Vaccine operations Central Provinces 1900-1911 - 1900-1911
Year: 1900
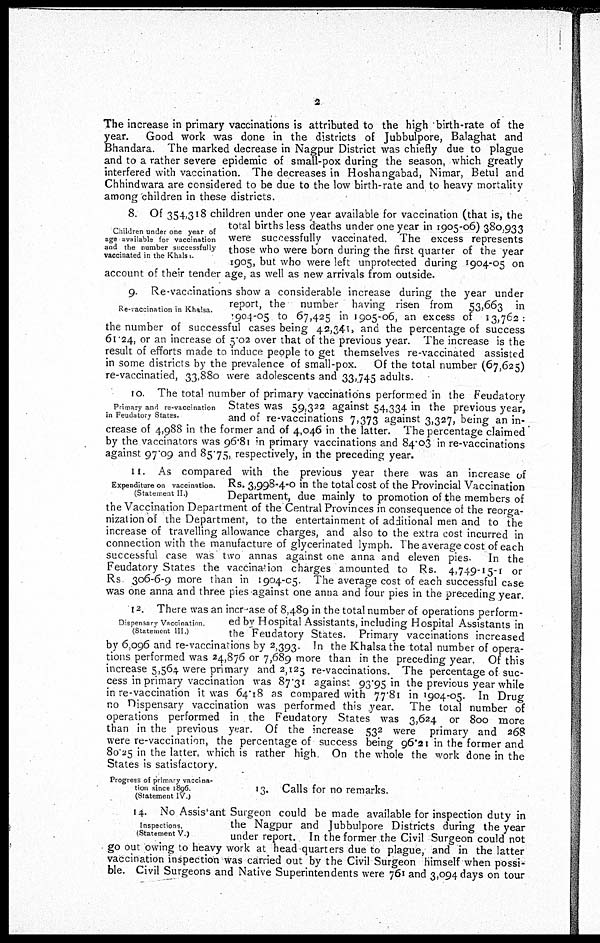
2
The increase in primary vaccinations is attributed to the high birth-rate of the
year. Good work was done in the districts of Jubbulpore, Balaghat and
Bhandara. The marked decrease in Nagpur District was chiefly due to plague
and to a rather severe epidemic of small-pox during the season, which greatly
interfered with vaccination. The decreases in Hoshangabad, Nimar, Betul and
Chhindwara are considered to be due to the low birth-rate and to heavy mortality
among children in these districts.
Children under one year of
age available for vaccination
and the number successfully
vaccinated in the Khals
8. Of 354,318 children under one year available for vaccination (that is, the
total births less deaths under one year in 1905-06) 380,933
were successfully vaccinated. The excess represents
those who were born during the first quarter of the year
1905, but who were left unprotected during 1904-05 on
account of their tender age, as well as new arrivals from outside.
Re-vaccination in Khalsa
9. Re-vaccinations show a considerable increase during the year under
report, the number having risen from 53,663 in
904-05 to 67,425 in 1905-06, an excess of 13,762 :
the number of successful cases being 42,341, and the percentage of success
61.24, or an increase of 5.02 over that of the previous year. The increase is the
result of efforts made to induce people to get themselves re-vaccinated assisted
in some districts by the prevalence of small-pox. Of the total number (67,625)
re-vaccinatied, 33,880 were adolescents and 33,745 adults.
Primary and re-vaccination
in Feudatory States.
10. The total number of primary vaccinations performed in the Feudatory
States was 59,322 against 54,334 in the previous year,
and of re-vaccinations 7,373 against 3,327, being an in-
crease of 4,988 in the former and of 4,046 in the latter. The percentage claimed
by the vaccinators was 96.81 in primary vaccinations and 84.03 in re-vaccinations
against 97.09 and 85.75 respectively, in the preceding year.
Expenditure on vaccination.
(Statement II.)
11. As compared with the previous year there was an increase of
Rs. 3,998-4-0 in the total cost of the Provincial Vaccination
Department, due mainly to promotion of the members of
the Vaccination Department of the Central Provinces in consequence of the reorga-
nization of the Department, to the entertainment of additional men and to the
increase of travelling allowance charges, and also to the extra cost incurred in
connection with the manufacture of glycerinated lymph. The average cost of each
successful case was two annas against one anna and eleven pies. In the
Feudatory States the vaccination charges amounted to Rs. 4,749-15-1 or
Rs 306-6-9 more than in 1904-05. The average cost of each successful case
was one anna and three pies against one anna and four pies in the preceding year.
Dispensary Vaccination
(Statement III.)
12. There was an incr ase of 8,489 in the total number of operations perform-
ed by Hospital Assistants, including Hospital Assistants in
the Feudatory States. Primary vaccinations increased
by 6,096 and re-vaccinations by 2,393. In the Khalsa the total number of opera-
tions performed was 24,876 or 7,689 more than in the preceding year. Of this
increase 5,564 were primary and 2,125 re-vaccinations. The percentage of suc-
cess in primary vaccination was 87.31 against 93.95 in the previous year while
in re-vaccination it was 64.18 as compared with 77.81 in 1904-05. In Drug
no Dispensary vaccination was performed this year. The total number of
operations performed in the Feudatory States was 3,624 or 800 more
than in the previous year. Of the increase 532 were primary and 268
were re-vaccination, the percentage of success being 96.21 in the former and
80.25 in the latter, which is rather high. On the whole the work done in the
States is satisfactory.
Progress of primary vaccina-
tion since 1896
(Statement IV)
13. Calls for no remarks.
Inspections.
(Statement V )
14. No Assitant Surgeon could be made available for inspection duty in
the Nagpur and Jubbulpore Districts during the year
under report. In the former the Civil Surgeon could not
go out owing to heavy work at head quarters due to plague, and in the latter
vaccination inspection was carried out by the Civil Surgeon himself when possi-
ble. Civil Surgeons and Native Superintendents were 761 and 3,094 days on tour